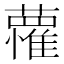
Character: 𮒭